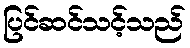
ပြင်ဆင်သင့်သည်